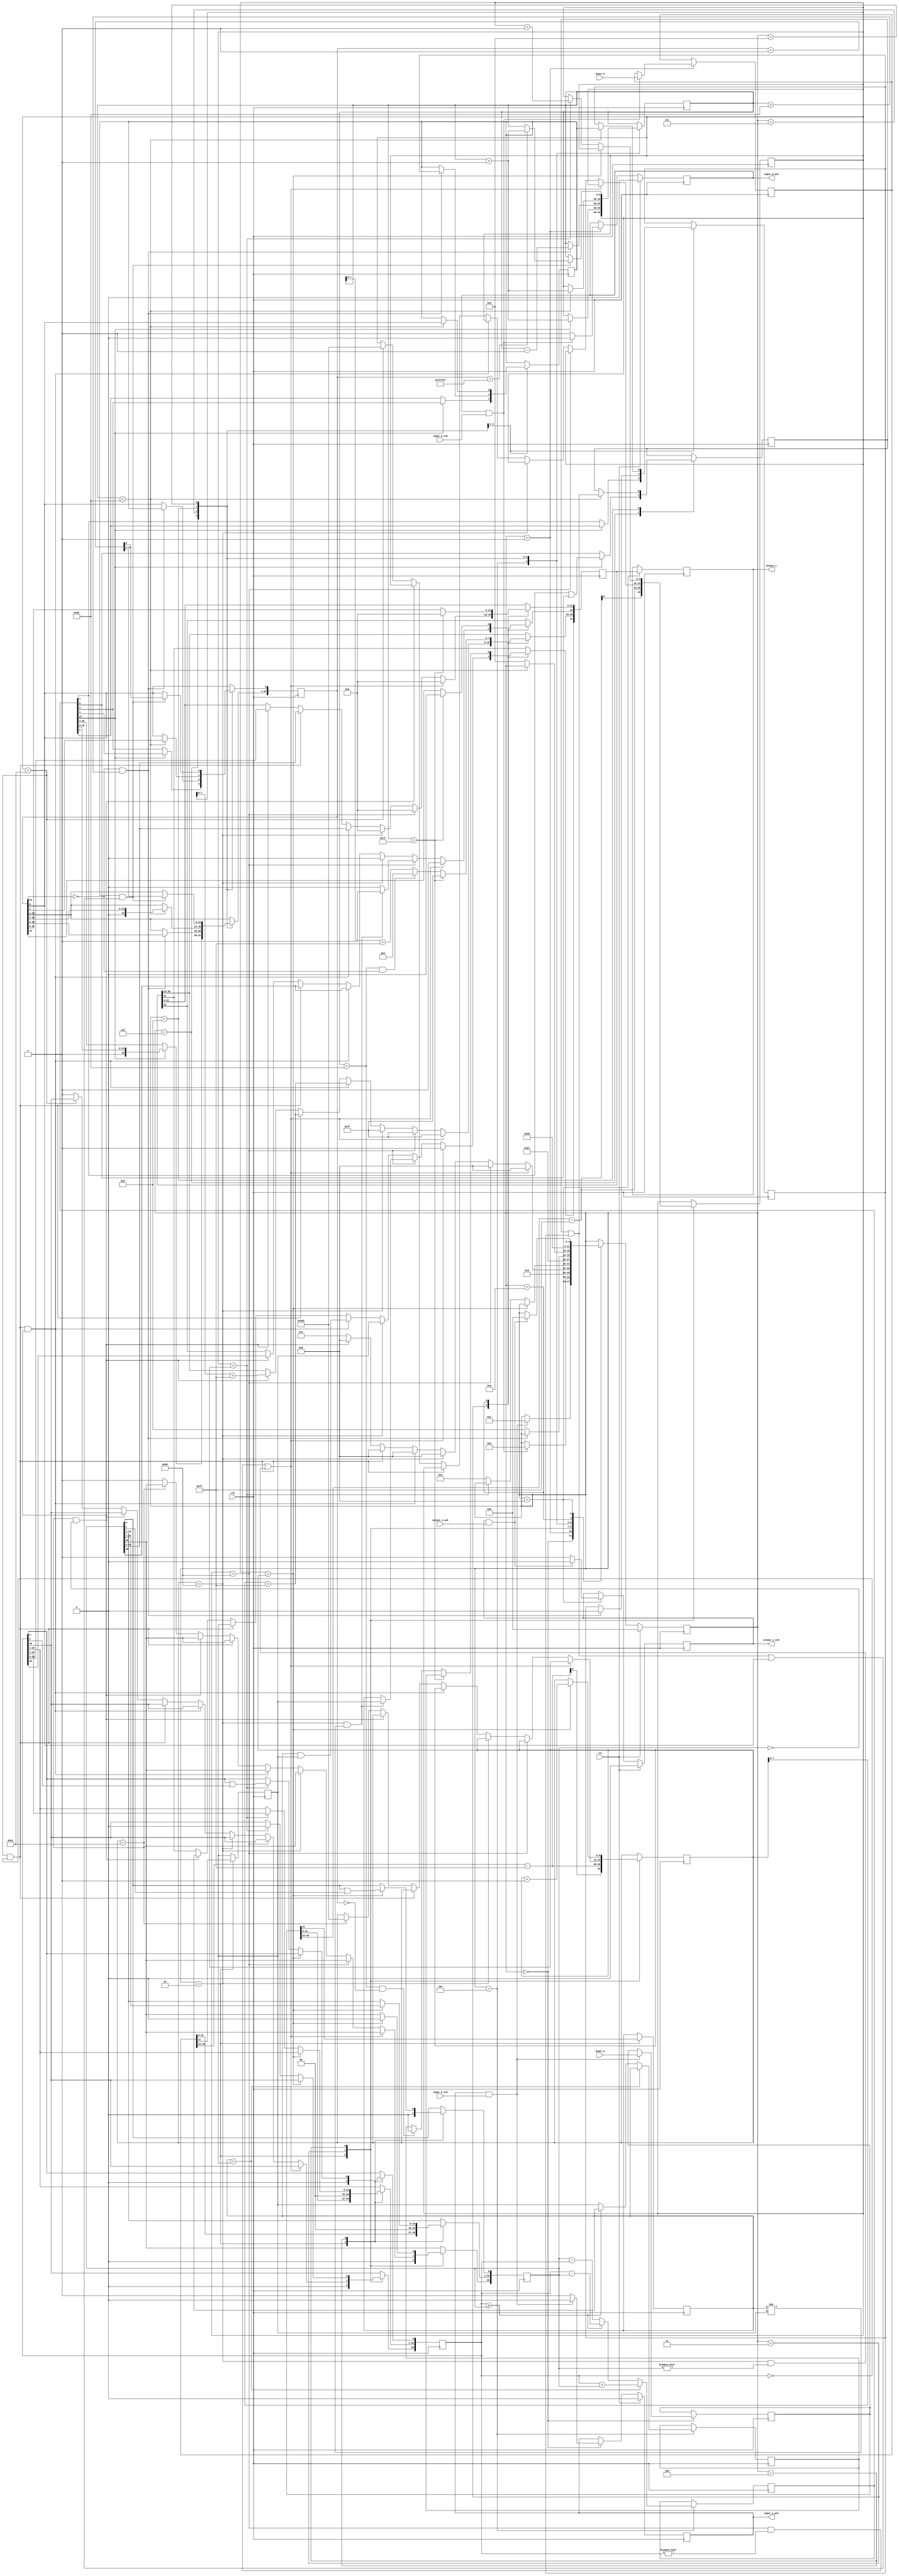
//IEEE Floating Point Adder (Single Precision)
//Copyright (C) Jonathan P Dawson 2013
//2013-12-12

module adder(
        input_a,
        input_b,
        input_a_stb,
        input_b_stb,
        output_z_ack,
        clk,
        rst,
        output_z,
        output_z_stb,
        input_a_ack,
        input_b_ack);

  input     clk;
  input     rst;

  input     [31:0] input_a;
  input     input_a_stb;
  output    input_a_ack;

  input     [31:0] input_b;
  input     input_b_stb;
  output    input_b_ack;

  output    [31:0] output_z;
  output    output_z_stb;
  input     output_z_ack;

  reg       s_output_z_stb;
  reg       [31:0] s_output_z;
  reg       s_input_a_ack;
  reg       s_input_b_ack;

  reg       [3:0] state;
  parameter get_a         = 4'd0,
            get_b         = 4'd1,
            unpack        = 4'd2,
            special_cases = 4'd3,
            align         = 4'd4,
            add_0         = 4'd5,
            add_1         = 4'd6,
            normalise_1   = 4'd7,
            normalise_2   = 4'd8,
            round         = 4'd9,
            pack          = 4'd10,
            put_z         = 4'd11;

  reg       [31:0] a, b, z;
  reg       [26:0] a_m, b_m;
  reg       [23:0] z_m;
  reg       [9:0] a_e, b_e, z_e;
  reg       a_s, b_s, z_s;
  reg       guard, round_bit, sticky;
  reg       [27:0] sum;

  always @(posedge clk)
  begin

    case(state)

      get_a:
      begin
        s_input_a_ack <= 1;
        if (s_input_a_ack && input_a_stb) begin
          a <= input_a;
          s_input_a_ack <= 0;
          state <= get_b;
        end
      end

      get_b:
      begin
        s_input_b_ack <= 1;
        if (s_input_b_ack && input_b_stb) begin
          b <= input_b;
          s_input_b_ack <= 0;
          state <= unpack;
        end
      end

      unpack:
      begin
        a_m <= {a[22 : 0], 3'd0};
        b_m <= {b[22 : 0], 3'd0};
        a_e <= a[30 : 23] - 127;
        b_e <= b[30 : 23] - 127;
        a_s <= a[31];
        b_s <= b[31];
        state <= special_cases;
      end

      special_cases:
      begin
        //if a is NaN or b is NaN return NaN 
        if ((a_e == 128 && a_m != 0) || (b_e == 128 && b_m != 0)) begin
          z[31] <= 1;
          z[30:23] <= 255;
          z[22] <= 1;
          z[21:0] <= 0;
          state <= put_z;
        //if a is inf return inf
        end else if (a_e == 128) begin
          z[31] <= a_s;
          z[30:23] <= 255;
          z[22:0] <= 0;
          //if a is inf and signs don't match return nan
          if ((b_e == 128) && (a_s != b_s)) begin
              z[31] <= b_s;
              z[30:23] <= 255;
              z[22] <= 1;
              z[21:0] <= 0;
          end
          state <= put_z;
        //if b is inf return inf
        end else if (b_e == 128) begin
          z[31] <= b_s;
          z[30:23] <= 255;
          z[22:0] <= 0;
          state <= put_z;
        //if a is zero return b
        end else if ((($signed(a_e) == -127) && (a_m == 0)) && (($signed(b_e) == -127) && (b_m == 0))) begin
          z[31] <= a_s & b_s;
          z[30:23] <= b_e[7:0] + 127;
          z[22:0] <= b_m[26:3];
          state <= put_z;
        //if a is zero return b
        end else if (($signed(a_e) == -127) && (a_m == 0)) begin
          z[31] <= b_s;
          z[30:23] <= b_e[7:0] + 127;
          z[22:0] <= b_m[26:3];
          state <= put_z;
        //if b is zero return a
        end else if (($signed(b_e) == -127) && (b_m == 0)) begin
          z[31] <= a_s;
          z[30:23] <= a_e[7:0] + 127;
          z[22:0] <= a_m[26:3];
          state <= put_z;
        end else begin
          //Denormalised Number
          if ($signed(a_e) == -127) begin
            a_e <= -126;
          end else begin
            a_m[26] <= 1;
          end
          //Denormalised Number
          if ($signed(b_e) == -127) begin
            b_e <= -126;
          end else begin
            b_m[26] <= 1;
          end
          state <= align;
        end
      end

      align:
      begin
        if ($signed(a_e) > $signed(b_e)) begin
          b_e <= b_e + 1;
          b_m <= b_m >> 1;
          b_m[0] <= b_m[0] | b_m[1];
        end else if ($signed(a_e) < $signed(b_e)) begin
          a_e <= a_e + 1;
          a_m <= a_m >> 1;
          a_m[0] <= a_m[0] | a_m[1];
        end else begin
          state <= add_0;
        end
      end

      add_0:
      begin
        z_e <= a_e;
        if (a_s == b_s) begin
          sum <= a_m + b_m;
          z_s <= a_s;
        end else begin
          if (a_m >= b_m) begin
            sum <= a_m - b_m;
            z_s <= a_s;
          end else begin
            sum <= b_m - a_m;
            z_s <= b_s;
          end
        end
        state <= add_1;
      end

      add_1:
      begin
        if (sum[27]) begin
          z_m <= sum[27:4];
          guard <= sum[3];
          round_bit <= sum[2];
          sticky <= sum[1] | sum[0];
          z_e <= z_e + 1;
        end else begin
          z_m <= sum[26:3];
          guard <= sum[2];
          round_bit <= sum[1];
          sticky <= sum[0];
        end
        state <= normalise_1;
      end

      normalise_1:
      begin
        if (z_m[23] == 0 && $signed(z_e) > -126) begin
          z_e <= z_e - 1;
          z_m <= z_m << 1;
          z_m[0] <= guard;
          guard <= round_bit;
          round_bit <= 0;
        end else begin
          state <= normalise_2;
        end
      end

      normalise_2:
      begin
        if ($signed(z_e) < -126) begin
          z_e <= z_e + 1;
          z_m <= z_m >> 1;
          guard <= z_m[0];
          round_bit <= guard;
          sticky <= sticky | round_bit;
        end else begin
          state <= round;
        end
      end

      round:
      begin
        if (guard && (round_bit | sticky | z_m[0])) begin
          z_m <= z_m + 1;
          if (z_m == 24'hffffff) begin
            z_e <=z_e + 1;
          end
        end
        state <= pack;
      end

      pack:
      begin
        z[22 : 0] <= z_m[22:0];
        z[30 : 23] <= z_e[7:0] + 127;
        z[31] <= z_s;
        if ($signed(z_e) == -126 && z_m[23] == 0) begin
          z[30 : 23] <= 0;
        end
        if ($signed(z_e) == -126 && z_m[23:0] == 24'h0) begin
          z[31] <= 1'b0; // FIX SIGN BUG: -a + a = +0.
        end
        //if overflow occurs, return inf
        if ($signed(z_e) > 127) begin
          z[22 : 0] <= 0;
          z[30 : 23] <= 255;
          z[31] <= z_s;
        end
        state <= put_z;
      end

      put_z:
      begin
        s_output_z_stb <= 1;
        s_output_z <= z;
        if (s_output_z_stb && output_z_ack) begin
          s_output_z_stb <= 0;
          state <= get_a;
        end
      end

    endcase

    if (rst == 1) begin
      state <= get_a;
      s_input_a_ack <= 0;
      s_input_b_ack <= 0;
      s_output_z_stb <= 0;
    end

  end
  assign input_a_ack = s_input_a_ack;
  assign input_b_ack = s_input_b_ack;
  assign output_z_stb = s_output_z_stb;
  assign output_z = s_output_z;

endmodule